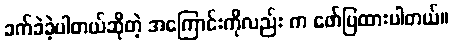
ခက်ခဲခဲ့ပါတယ်ဆိုတဲ့ အကြောင်းကိုလည်း က ဖော်ပြထားပါတယ်။